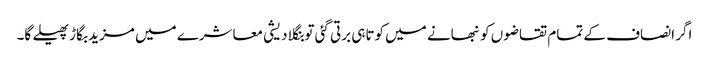
اگر انصاف کے تمام تقاضوں کو نبھانے میں کوتاہی برتی گئی تو بنگلا دیشی معاشرے میں مزید بگاڑ پھیلے گا۔